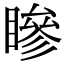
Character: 𥊀